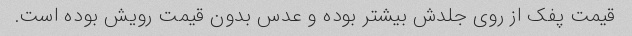
قیمت پفک از روی جلدش بیشتر بوده و عدس بدون قیمت رویش بوده است.